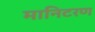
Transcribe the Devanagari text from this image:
मानिटरण